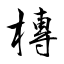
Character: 槫